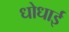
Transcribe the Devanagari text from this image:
धोधाई